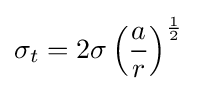
\sigma _{t}=2\sigma \left({\frac {a}{r}}\right)^{\frac {1}{2}}